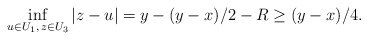
\begin{align*}\inf_{u\in U_1,\, z\in U_3} |z-u|=y-(y-x)/2-R\ge (y-x)/4.\end{align*}